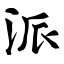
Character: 派